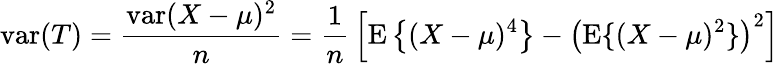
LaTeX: \operatorname{var}(T)={\frac{\operatorname{var}(X-\mu)^{2}}{n}}={\frac{1}{n}}\left[\operatorname{E}\left\{ (X-\mu)^{4}\right\} -\left(\operatorname{E}\{ (X-\mu)^{2}\} \right)^{2}\right]